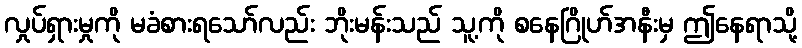
လှုပ်ရှားမှုကို မခံစားရသော်လည်း ဘိုးမန်းသည် သူ့ကို စနေဂြိုဟ်အနီးမှ ဤနေရာသို့